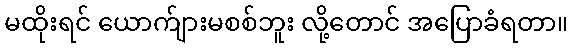
မထိုးရင် ယောက်ျားမစစ်ဘူး လို့တောင် အပြောခံရတာ။